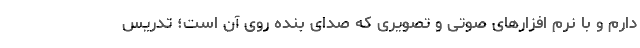
دارم و با نرم افزارهای صوتی و تصویری که صدای بنده روی آن است؛ تدریس